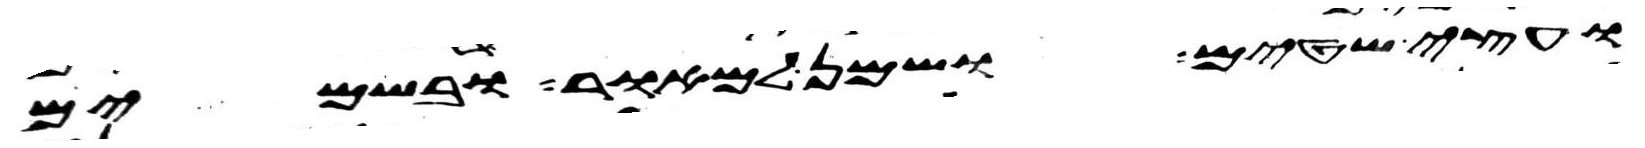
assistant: ועצי שטים ושמן למאור ובשמים